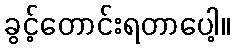
ခွင့်တောင်းရတာပေါ့။